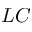
L C